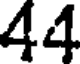
44